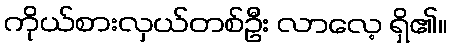
ကိုယ်စားလှယ်တစ်ဦး လာလေ့ ရှိ၏။